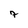
Character: 7